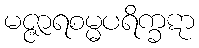
မဇ္ဇာရစမ္မပရိက္ခဋာ